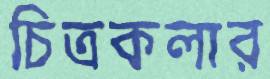
চিত্রকলার